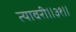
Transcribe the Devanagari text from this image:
त्यावरी॥३१॥